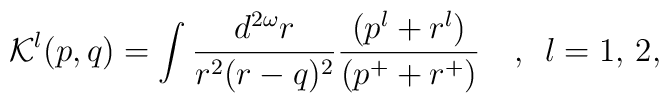
{\cal K}^{l}(p,q) = \int \frac {d^{2\omega}r}{r^2 (r-q)^2} \frac{(p^{l}+r^{l})}{(p^{+}+r^{+})}\,\,\,\,\,\, , \,\,\, l = 1,\, 2,